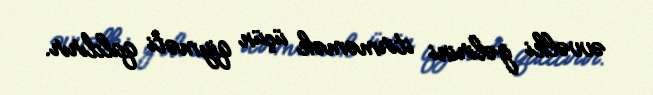
əvvəlki gəlirini itirməmək üçün qiyməti qaldırır.